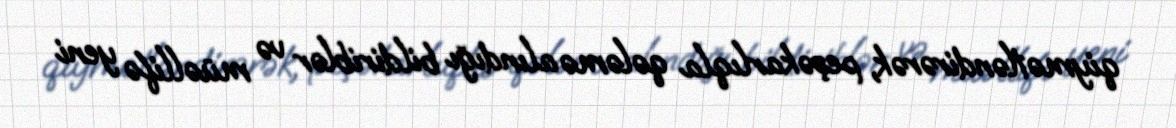
qiymətləndirərək, peşəkarlıqla qələmə alındığı bildiriblər və müəllifə yeni